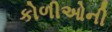
કોળીઓની